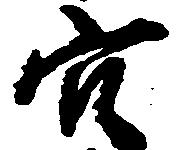
穴